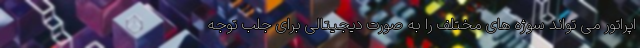
اپراتور می تواند سوژه های مختلف را به صورت دیجیتالی برای جلب توجه